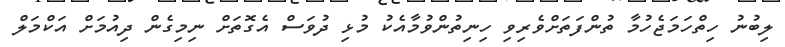
ލިބުނު ހިތްހަމަޖެހުމާ ތުންފަތަށްވެރިވި ހިނިތުންވުމާއެކު މުޅި ދުވަސް އެގޮތަށް ނިމިގެން ދިއުމަށް އަކްމަލް